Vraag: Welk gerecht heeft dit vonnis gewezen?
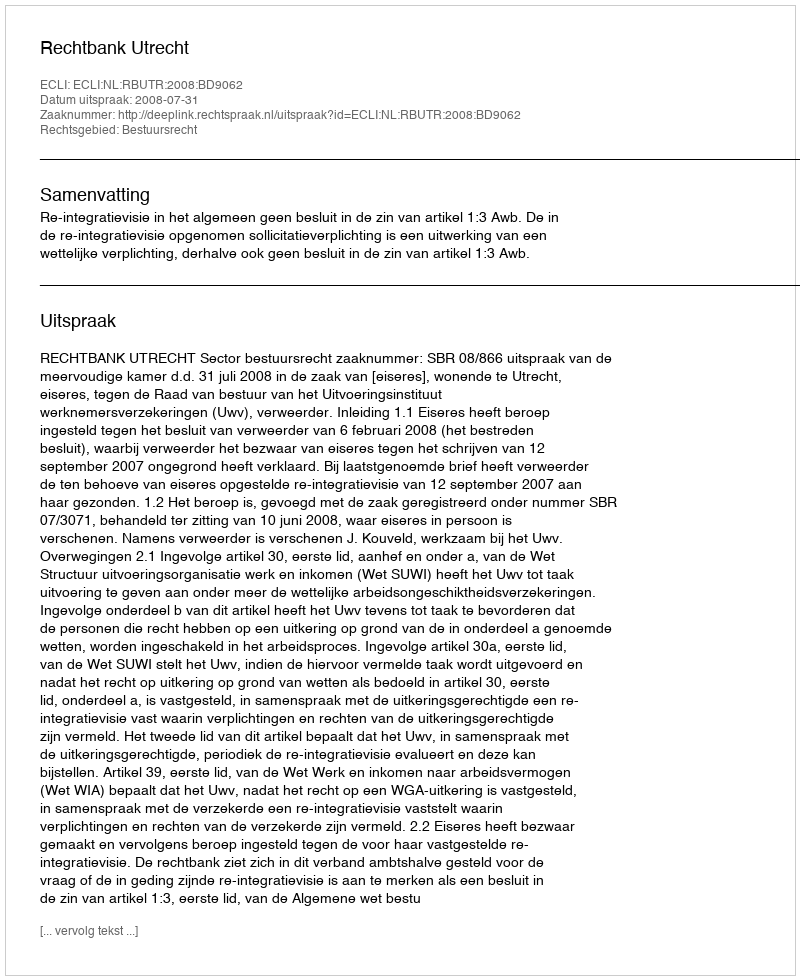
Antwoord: Rechtbank Utrecht